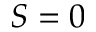
S = 0